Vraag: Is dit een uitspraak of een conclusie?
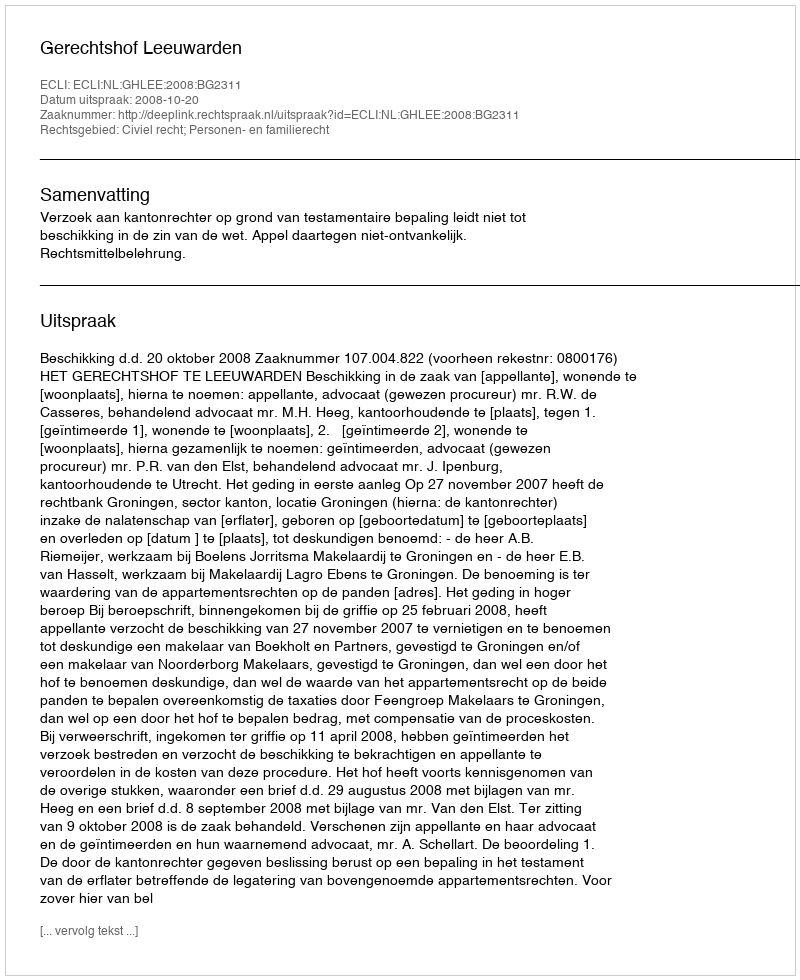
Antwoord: Uitspraak